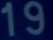
19